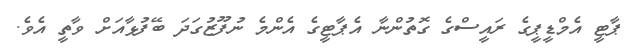
ޕާޓީ އެމްޑީޕީގެ ރައީސްގެ ގޮތުންނާ އެޕާޓީގެ އެންމެ ނުފޫޒުގަދަ ބޭފުޅާއަށް ވާތީ އެވެ.